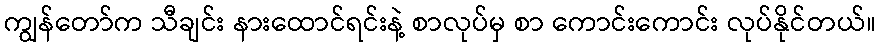
ကျွန်တော်က သီချင်း နားထောင်ရင်းနဲ့ စာလုပ်မှ စာ ကောင်းကောင်း လုပ်နိုင်တယ်။